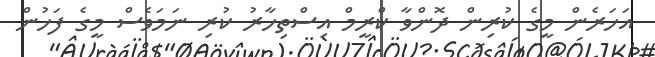
އަހަރެން މީގެ ކުރިން ދޮންވާ ކްރީމް އިސްތިހާރު ކުރި ނަމަވެސް މީގެ ފަހުން